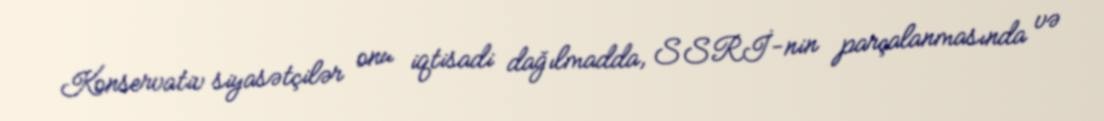
Konservativ siyasətçilər onu iqtisadi dağılmadda, SSRİ-nin parçalanmasında və